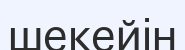
шекейін